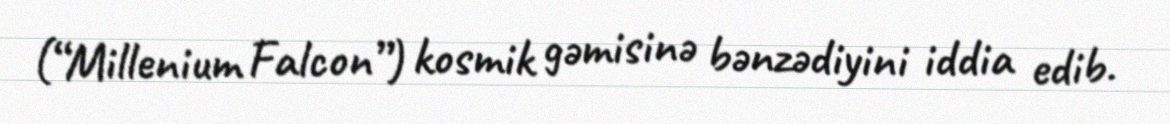
(“Millenium Falcon”) kosmik gəmisinə bənzədiyini iddia edib.